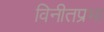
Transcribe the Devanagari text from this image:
विनीतप्रभा